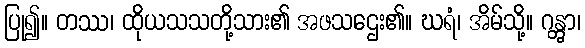
ပြု၍။ တဿ၊ ထိုယသသတို့သား၏ အဖသဌေး၏။ ဃရံ၊ အိမ်သို့။ ဂန္တွာ၊